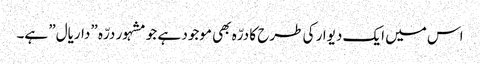
اس میں ایک دیوار کی طرح کا درّہ بھی موجود ہے جو مشہور درّہ ”داریال” ہے۔